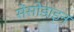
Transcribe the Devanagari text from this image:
सेंसोडाइन